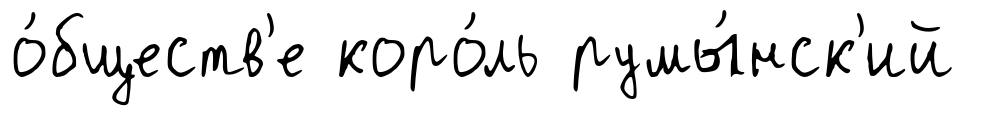
о́бществ'е коро́ль румы́нск'ий